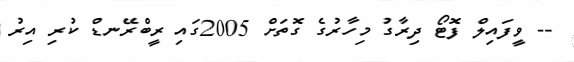
-- ވީފައިލް ފޮޓޯ ދިރާގު މިހާރުގެ ގޮތަށް 2005ގައި ރީބްރޭނޑް ކުރި އިރު